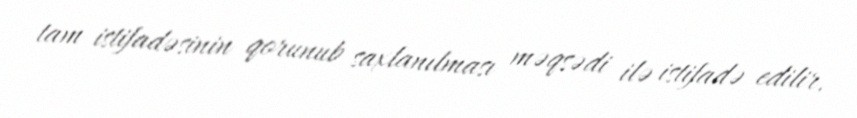
tam istifadəsinin qorunub saxlanılması məqsədi ilə istifadə edilir.